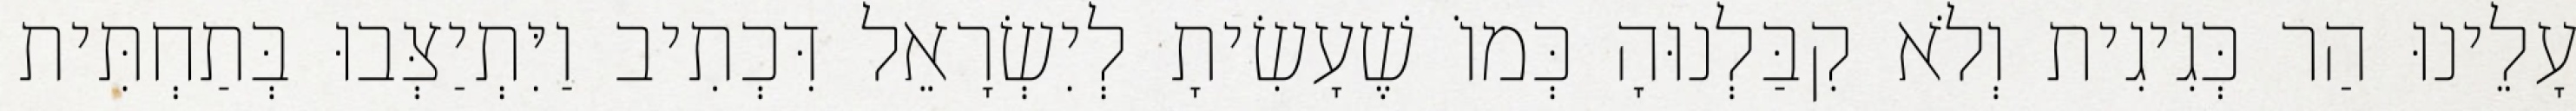
עָלֵינוּ הַר כְּגִיגִית וְלֹא קִבַּלְנוּהָ כְּמוֹ שֶׁעָשִׂיתָ לְיִשְׂרָאֵל דִּכְתִיב וַיִּתְיַצְּבוּ בְּתַחְתִּית